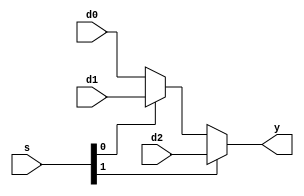
// This program was cloned from: https://github.com/siliconcompiler/scgallery
// License: Apache License 2.0

module mux3 #(parameter WIDTH = 8)
   (input  wire [WIDTH-1:0] d0, d1, d2,
    input  wire [1:0]       s, 
    output wire [WIDTH-1:0] y);

   assign y = s[1] ? d2 : (s[0] ? d1 : d0);
   
endmodule // mux3